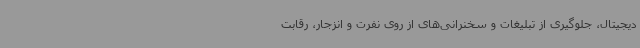
دیجیتال، جلوگیری از تبلیغات و سخنرانی‌های از روی نفرت و انزجار، رقابت